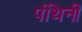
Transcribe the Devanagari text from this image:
पंथिनी